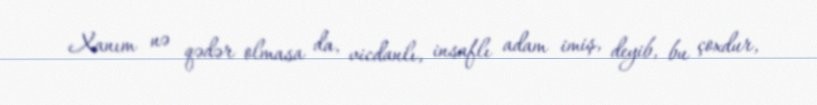
Xanım nə qədər olmasa da, vicdanlı, insaflı adam imiş, deyib, bu çoxdur,